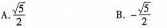
A.\frac{\sqrt{5}}{2} B.- \frac{\sqrt{5}}{2}